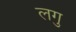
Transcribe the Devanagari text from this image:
लगु